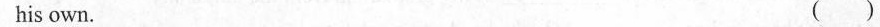
his own. ( )